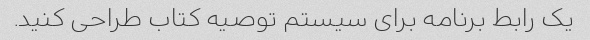
یک رابط برنامه برای سیستم توصیه کتاب طراحی کنید.